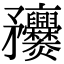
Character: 𥎥